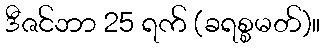
ဒီဇင်ဘာ 25 ရက် (ခရစ္စမတ်)။